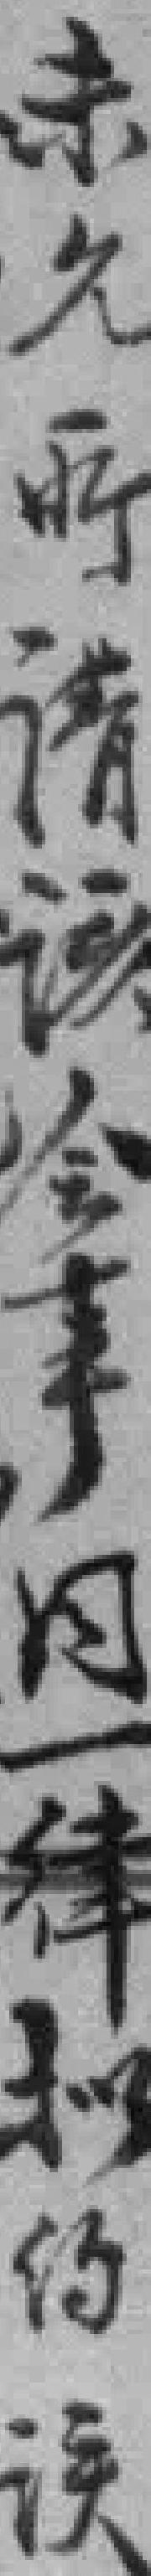
未久*请该会事同一律拟约*